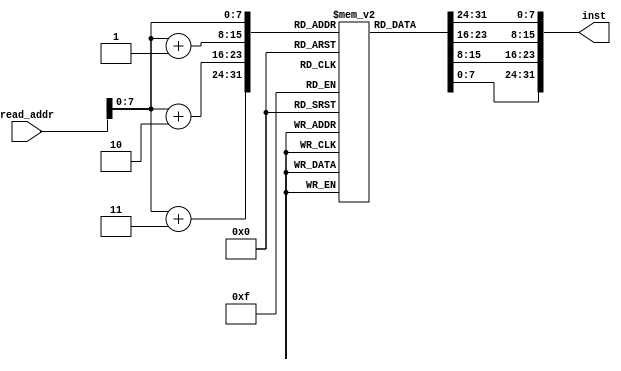
`timescale 1ns / 1ps
//////////////////////////////////////////////////////////////////////////////////
// Company: 
// Engineer: 
// 
// Design Name: 
// Module Name:    instr_mem 
// Project Name: 
// Target Devices: 
// Tool versions: 
// Description: 
//
// Dependencies: 
//
// Revision: 
// Revision 0.01 - File Created
// Additional Comments: 
//
//////////////////////////////////////////////////////////////////////////////////
module instr_mem(inst, read_addr);
	
	output 		[31:0]		inst;
	input		[31:0] 		read_addr;
	integer i;
	//parameter WIDTH = 32;
	reg [7:0] my_memory [0:255];
	
	initial begin
		my_memory[0] = 8'h20;		//ADDI $3,$0,#8
		my_memory[1] = 8'h03;		
		my_memory[2] = 8'h00;		
		my_memory[3] = 8'h08;		
		
		my_memory[4] = 8'h20;		//ADDI $4,$0,#1
		my_memory[5] = 8'h04;		
		my_memory[6] = 8'h00;		
		my_memory[7] = 8'h01;		

		my_memory[8] = 8'h20;		//ADDI $5,$0,#-1
		my_memory[9] = 8'h05;
		my_memory[10] = 8'hFF;
		my_memory[11] = 8'hFF;
		
		my_memory[12] = 8'h10;		//LOOP: BEQ $3,$0, end
		my_memory[13] = 8'h60;
		my_memory[14] = 8'h00;
		my_memory[15] = 8'h05;
		
		my_memory[16] = 8'h00;		//ADD $4,$4,$5
		my_memory[17] = 8'h85;
		my_memory[18] = 8'h20;
		my_memory[19] = 8'h20;
		
		my_memory[20] = 8'h00;		//SUB $5,$4,$5
		my_memory[21] = 8'h85;
		my_memory[22] = 8'h28;
		my_memory[23] = 8'h22;
		
		my_memory[24] = 8'h20;		//ADDI $3,$3,#-1
		my_memory[25] = 8'h63;
		my_memory[26] = 8'hFF;
		my_memory[27] = 8'hFF;
		
		my_memory[28] = 8'h08;		//JUMP LOOP
		my_memory[29] = 8'h00;
		my_memory[30] = 8'h00;
		my_memory[31] = 8'h03;
		
		my_memory[32] = 8'h00;		//NOOP
		my_memory[33] = 8'h00;
		my_memory[34] = 8'h00;
		my_memory[35] = 8'h00;
		
		my_memory[36] = 8'hAC;		//END: STW $4,32($0)
		my_memory[37] = 8'h04;
		my_memory[38] = 8'h00;
		my_memory[39] = 8'h20;
		
		my_memory[40] = 8'h00;		//SYSCALL		-effectively shut off clock
		my_memory[41] = 8'h00;
		my_memory[42] = 8'h00;
		my_memory[43] = 8'h0C;
/*		
		my_memory[44] = 8'h03;		//srl $15,$31,5 = x0000 0001 = R15
		my_memory[45] = 8'hE0;
		my_memory[46] = 8'h79;
		my_memory[47] = 8'h42;
		
		my_memory[48] = 8'h8C;		//LOADW 
		my_memory[49] = 8'hF0;
		my_memory[50] = 8'h00;
		my_memory[51] = 8'h09;
		
		my_memory[52] = 8'hAD;		//STW 
		my_memory[53] = 8'h06;
		my_memory[54] = 8'h00;
		my_memory[55] = 8'h0A;
		
		my_memory[56] = 8'h3C;		//LUI 
		my_memory[57] = 8'h11;
		my_memory[58] = 8'h00;
		my_memory[59] = 8'h64;
		
		my_memory[60] = 8'h03;		//BEQ 
		my_memory[61] = 8'hE0;
		my_memory[62] = 8'h79;
		my_memory[63] = 8'h42;
		
		my_memory[64] = 8'h03;		//BNE 
		my_memory[65] = 8'hE0;
		my_memory[66] = 8'h79;
		my_memory[67] = 8'h42;
		
		my_memory[68] = 8'h03;		//BGEZ 
		my_memory[69] = 8'hE0;
		my_memory[70] = 8'h79;
		my_memory[71] = 8'h42;
		
		my_memory[72] = 8'h03;		//BGTZ 
		my_memory[73] = 8'hE0;
		my_memory[74] = 8'h79;
		my_memory[75] = 8'h42;
		
		my_memory[76] = 8'h03;		//BLTZ 
		my_memory[77] = 8'hE0;
		my_memory[78] = 8'h79;
		my_memory[79] = 8'h42;
		
		my_memory[80] = 8'h03;		//SLT
		my_memory[81] = 8'hE0;
		my_memory[82] = 8'h79;
		my_memory[83] = 8'h42;
		
		my_memory[84] = 8'h03;		//SLTI
		my_memory[85] = 8'hE0;
		my_memory[86] = 8'h79;
		my_memory[87] = 8'h42;
		
		my_memory[88] = 8'h03;		//SLTU
		my_memory[89] = 8'hE0;
		my_memory[90] = 8'h79;
		my_memory[91] = 8'h42;
		
		my_memory[92] = 8'h03;		//SLTIU
		my_memory[93] = 8'hE0;
		my_memory[94] = 8'h79;
		my_memory[95] = 8'h42;
		
	*/	
		for(i = 44; i < 256; i = i+1) begin
			my_memory[i] = 0;
		end
	end
	
	assign inst = {my_memory[read_addr],my_memory[read_addr+1],my_memory[read_addr+2],my_memory[read_addr+3]};
	
endmodule